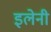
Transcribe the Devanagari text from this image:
इलेनी